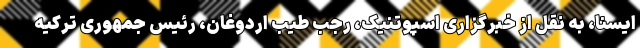
ایسنا، به نقل از خبرگزاری اسپوتنیک، رجب طیب اردوغان، رئیس جمهوری ترکیه